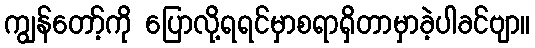
ကျွန်တော့်ကို ပြောလို့ရရင်မှာစရာရှိတာမှာခဲ့ပါခင်ဗျာ။